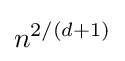
n^{2/(d+1)}